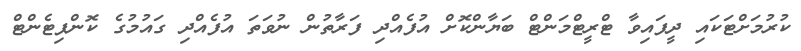
ކުރުމަށްޓަކައި ދީފައިވާ ޓްރީޓްމަންޓް ބަޔާންކޮށް އުފެއްދި ފަރާތުން ނުވަތަ އުފެއްދި ގައުމުގެ ކޮންޕިޓެންޓް